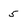
Character: 5